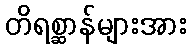
တိရစ္ဆာန်များအား